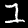
Label: 1